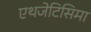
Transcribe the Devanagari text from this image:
एथजेटिसिमा